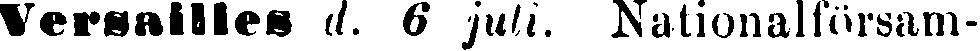
Versailles d. 6 juli. Nationalförsam-